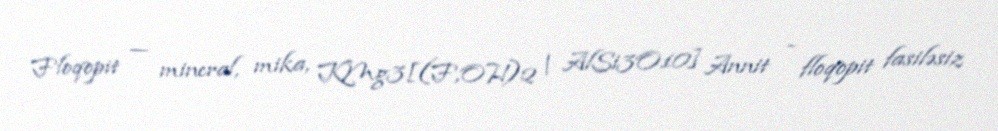
Floqopit — mineral, mika, KMg3[(F,OH)2 | AlSi3O10] Annit - floqopit fasiləsiz